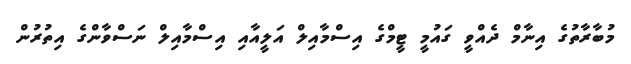
މުބާރާތުގެ އިނާމް ދެއްވީ ގައުމީ ޓީމްގެ އިސްމާއިލް އަލީއާއި އިސްމާއިލް ނަސްވާންގެ އިތުރުން